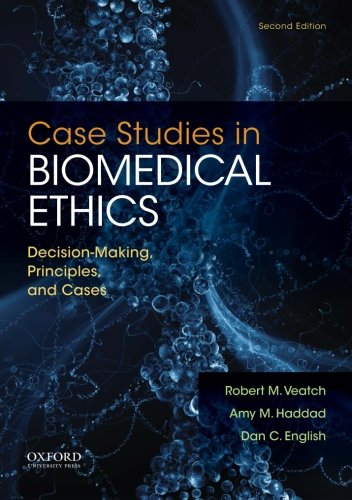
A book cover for Case Studies in Biomedical Ethics: Decision-Making, Principles, and Cases; Robert M. Veatch; Medical Books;